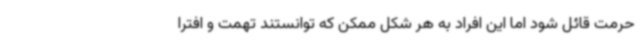
حرمت قائل شود اما این افراد به هر شکل ممکن که توانستند تهمت و افترا